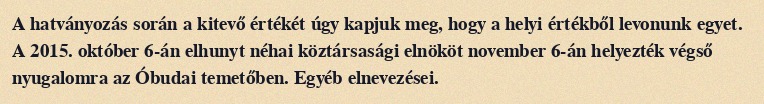
A hatványozás során a kitevő értékét úgy kapjuk meg, hogy a helyi értékből levonunk egyet. A 2015. október 6-án elhunyt néhai köztársasági elnököt november 6-án helyezték végső nyugalomra az Óbudai temetőben. Egyéb elnevezései.